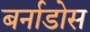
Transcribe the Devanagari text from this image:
बर्नाडोस